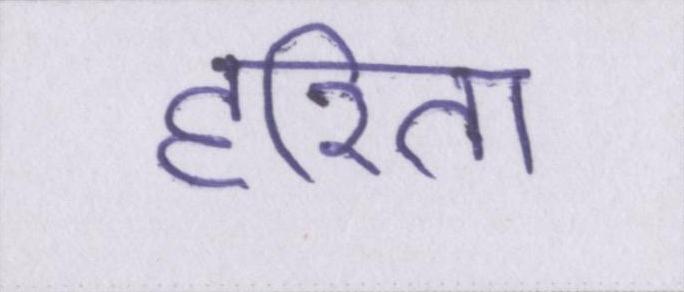
हरिता